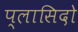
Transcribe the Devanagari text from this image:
प्लासिदो